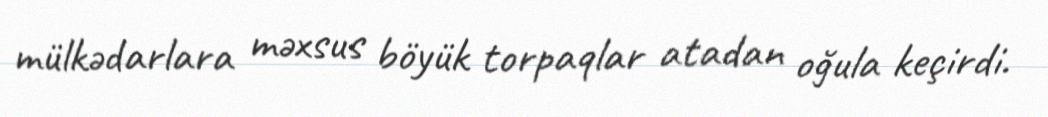
mülkədarlara məxsus böyük torpaqlar atadan oğula keçirdi.